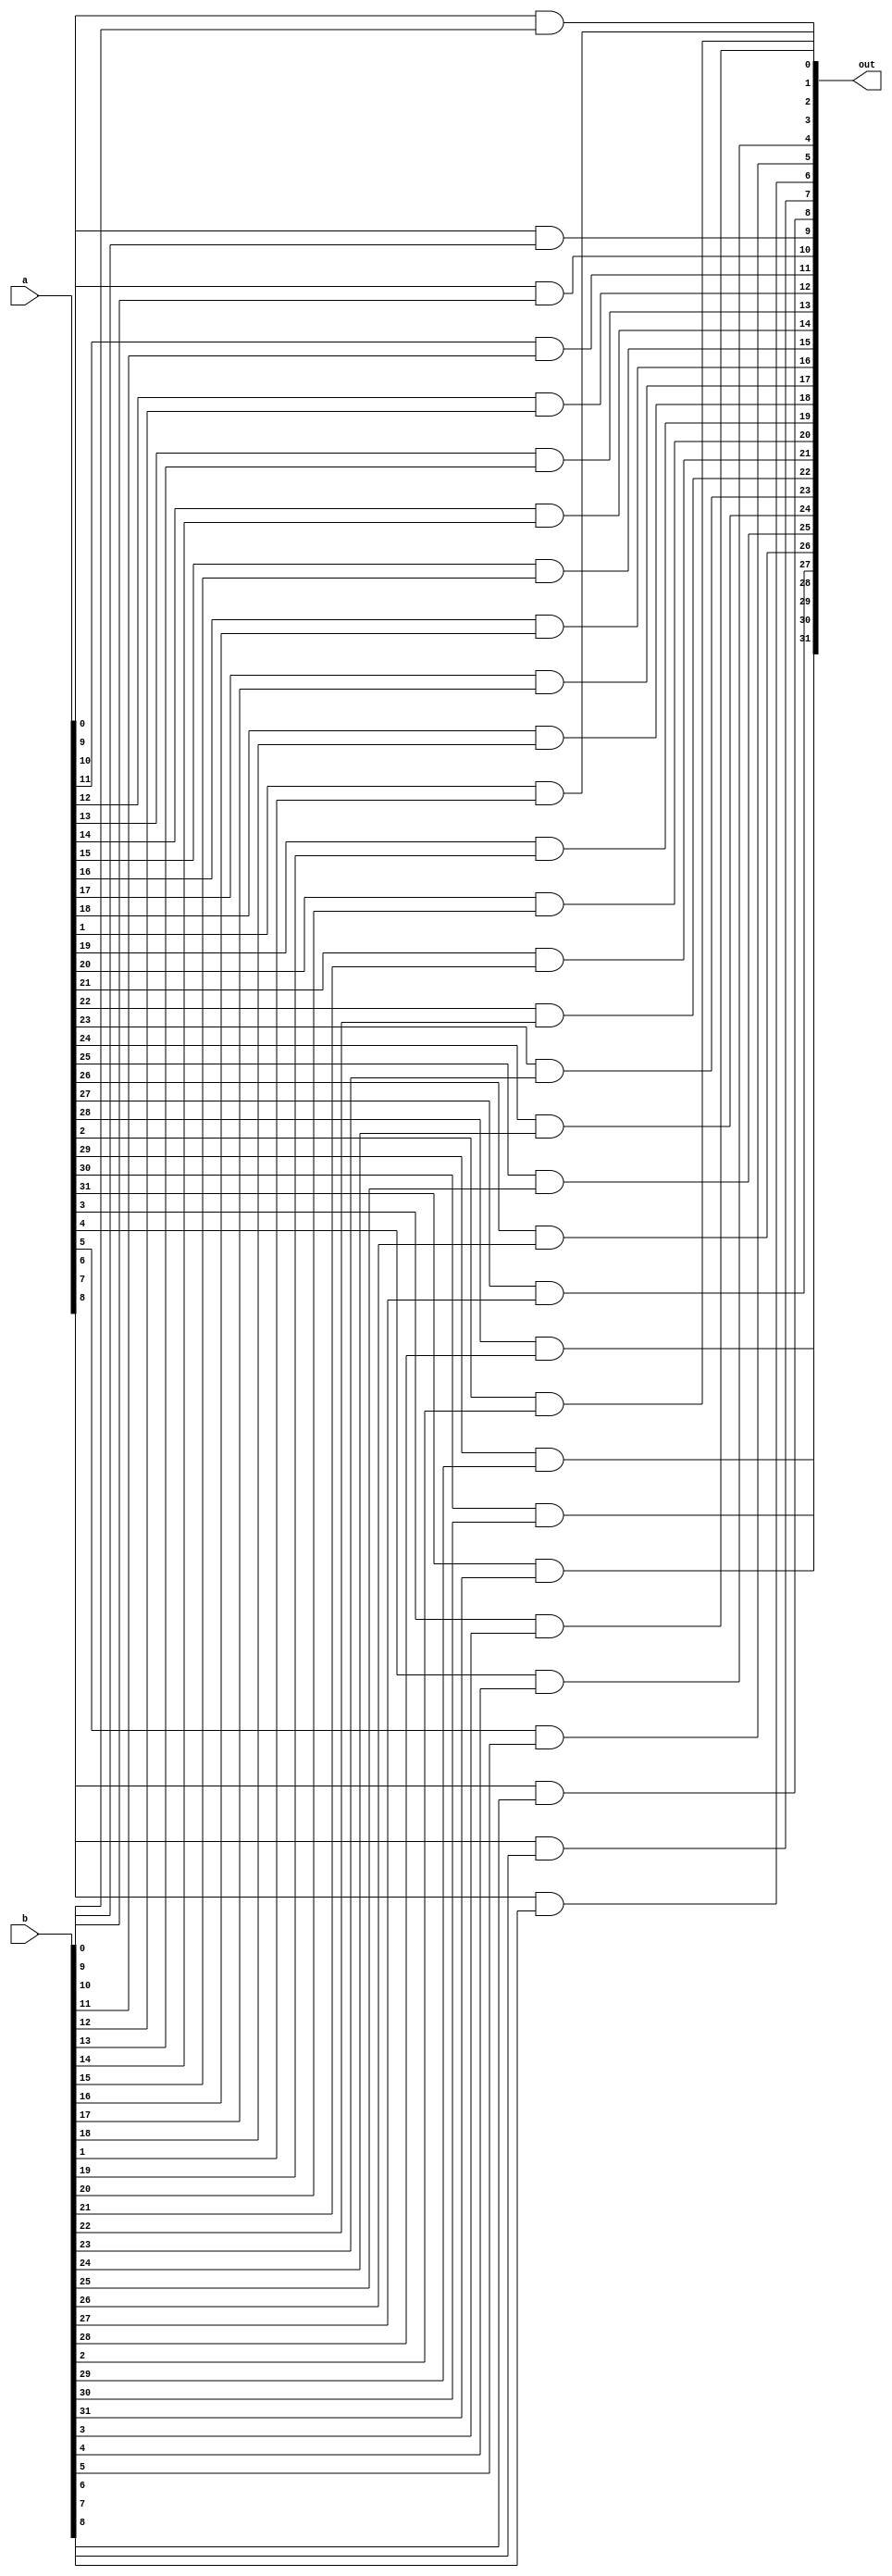
module and_gate(out, a, b);
input [31:0] a, b;
output [31:0] out;

genvar i;
generate
    for (i = 0; i < 32; i = i + 1) begin
        and(out[i], a[i], b[i]);
        //or(orOut[i], a[i], b[i]);
        //and(andOut[i], a[i], b[i]);
    end
endgenerate

endmodule